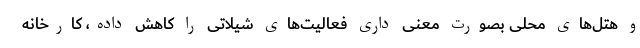
و هتل‌های محلی بصورت معنی داری فعالیت‌های شیلاتی را کاهش داده، کارخانه